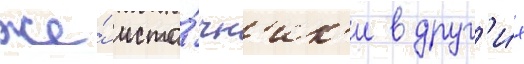
же́ исто́чн'ик'и в друг'и́х